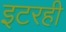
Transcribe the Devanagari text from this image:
इटरही